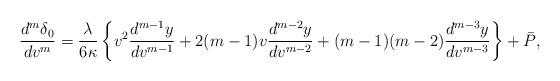
LaTeX: \begin{align*} \frac{d^m\delta_0}{dv^m}=\frac{\lambda}{6\kappa}\left\{v^2\frac{d^{m-1}y}{dv^{m-1}}+2(m-1)v\frac{d^{m-2}y}{dv^{m-2}}+(m-1)(m-2)\frac{d^{m-3}y}{dv^{m-3}}\right\}+\bar{P},\end{align*}